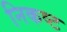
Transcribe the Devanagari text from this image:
निकष्ट